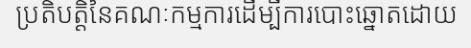
ប្រតិបត្តិនៃគណៈកម្មការដើម្បីការបោះឆ្នោតដោយ